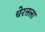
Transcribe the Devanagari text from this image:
चेरत्तला